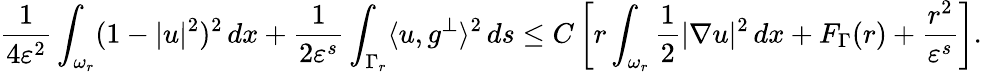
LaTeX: \frac{1}{4\varepsilon^{2}}\int_{\omega_{r}}(1-|u|^{2})^{2}\, dx+\frac{1}{2\varepsilon^{s}}\int_{\Gamma_{r}}\langle u,g^{\perp}\rangle^{2}\, ds\leq C\left[r\int_{\omega_{r}}\frac{1}{2}|\nabla u|^{2}\, dx+F_{\Gamma}(r)+\frac{r^{2}}{\varepsilon^{s}}\right].